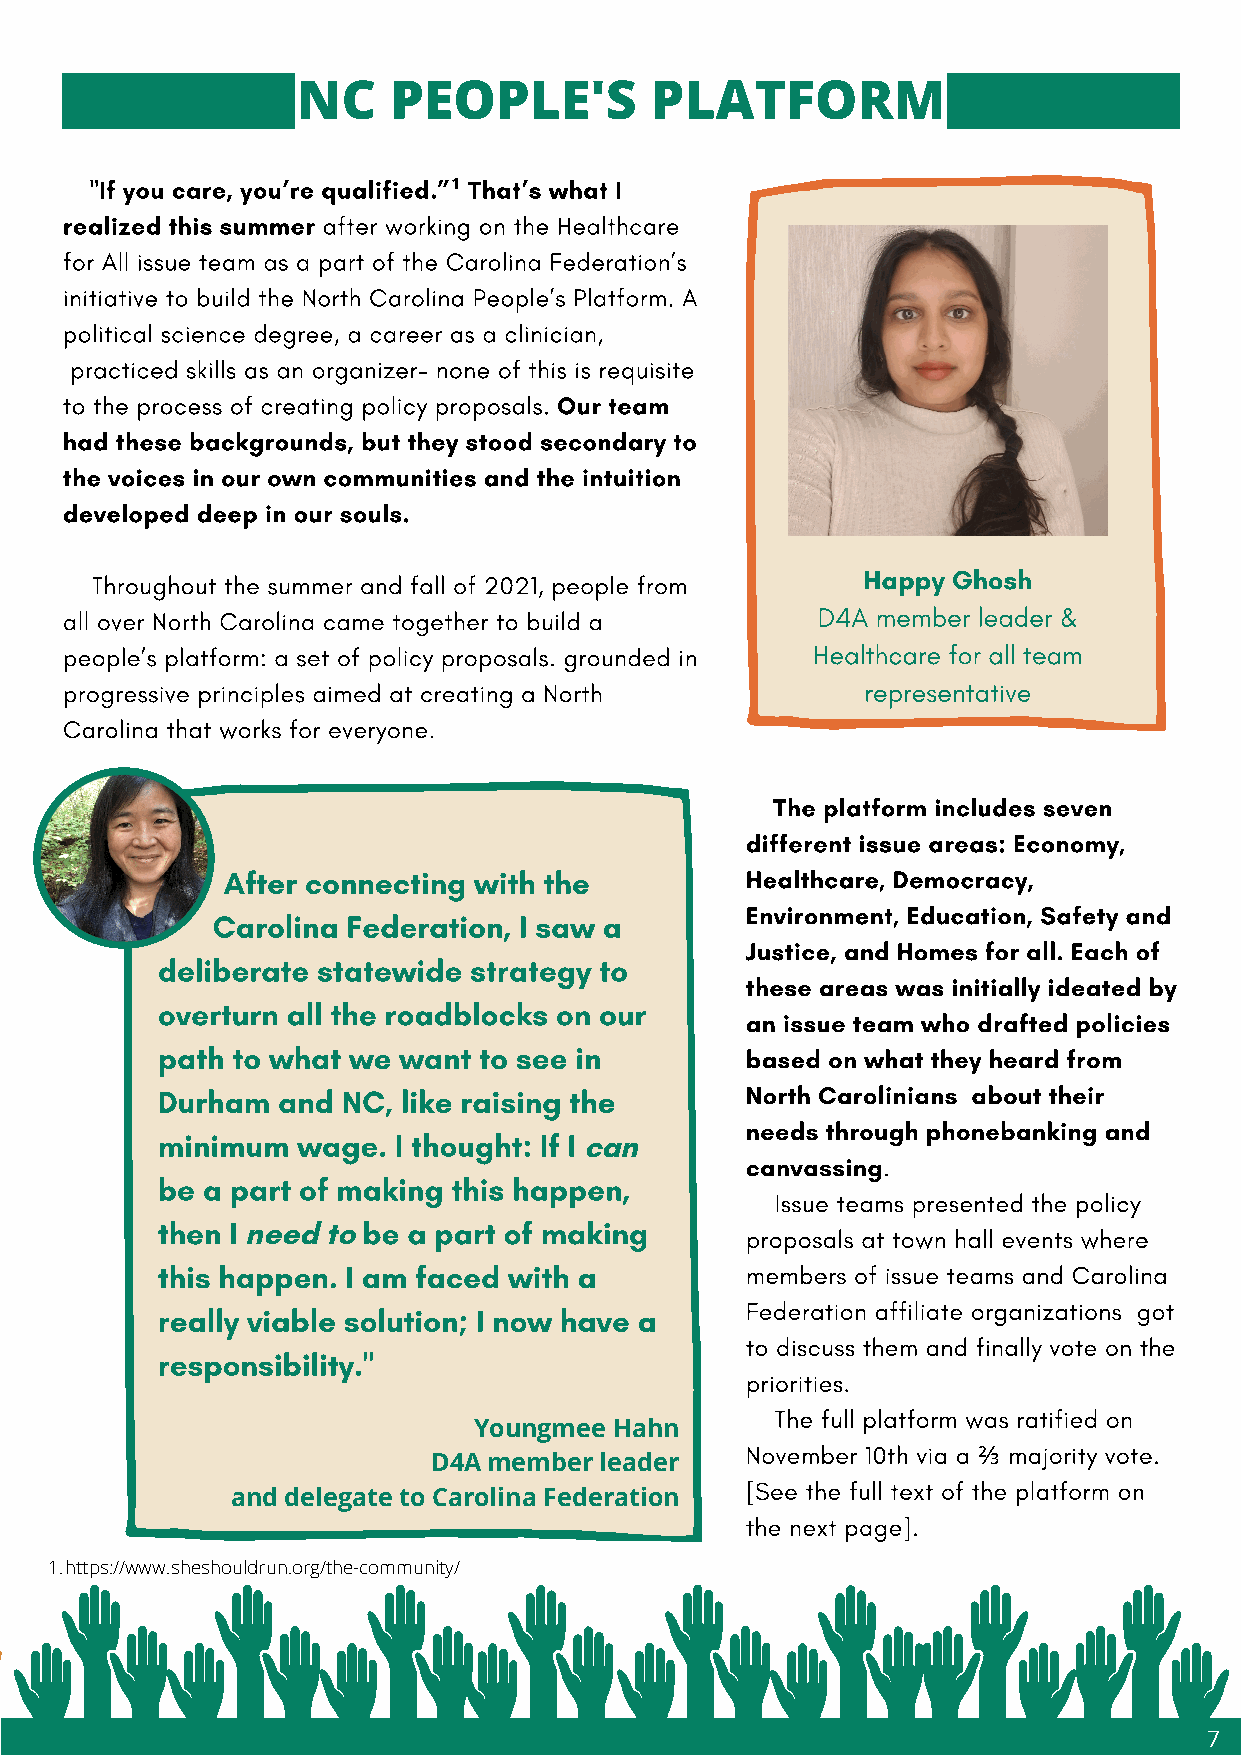
NC    PEOPLE'S         PLATFORM
 "If you care, you’re qualified.” That’s what I
 ¹
 realized this summer after working on the Healthcare
 for All issue team as a part of the Carolina Federation’s
 initiative to build the North Carolina People’s Platform. A
 political science degree, a career as a clinician,
 practiced skills as an organizer- none of this is requisite
 to the process of creating policy proposals. Our team
 had these backgrounds, but they stood secondary to
 the voices in our own communities and the intuition
 developed deep in our souls.
 Happy Ghosh
 Throughout the summer and fall of 2021, people from
 all over North Carolina came together to build a  D4A member leader &
 people’s platform: a set of policy proposals. grounded in Healthcare for all team
 progressive principles aimed at creating a North     representative
 Carolina that works for everyone.
 The platform includes seven
 different issue areas: Economy,
 "   After connecting with the         Healthcare, Democracy,
 Environment, Education, Safety and
 Carolina Federation, I saw a
 Justice, and Homes for all. Each of
 deliberate statewide strategy to
 these areas was initially ideated by
 overturn all the roadblocks on our
 an issue team who drafted policies
 path to what we want  to see in        based on what they heard from
 Durham  and  NC, like raising the      North Carolinians about their
 needs through phonebanking and
 minimum   wage. I thought: If I
 can
 canvassing.
 be a part of making this happen,
 Issue teams presented the policy
 then I        be a part of making
 need  to                         proposals at town hall events where
 this happen. I am faced with a         members of issue teams and Carolina
 really viable solution; I now have a   Federation affiliate organizations got
 to discuss them and finally vote on the
 responsibility."
 priorities.
 The full platform was ratified on
 Youngmee  Hahn
 November 10th via a majority vote.
 ⅔
 D4A member leader
 [See the full text of the platform on
 and delegate to Carolina Federation
 the next page].
 1.https://www.sheshouldrun.org/the-community/
 7